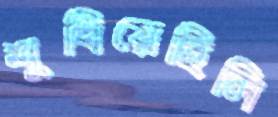
শুধিয়েছিলি